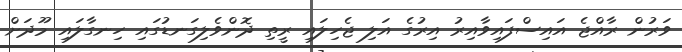
ވަރުން ރާއްޖެ އައިސްފައިވާއިރު އިރުގެ އަލި ޖެހިލައި ރީތި ދޮންވެލިގަނޑުގައި ހިނގާލައި މޫދަށް